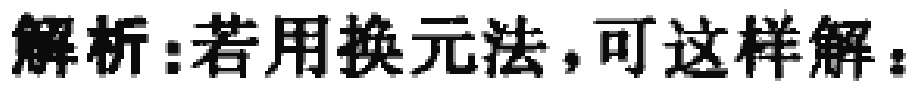
解析：若用换元法，可这样解：